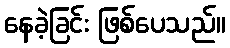
နေခဲ့ခြင်း ဖြစ်ပေသည်။